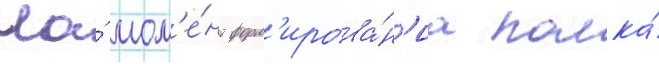
На́ мом'е́нт форм'ирова́н'иа полка́